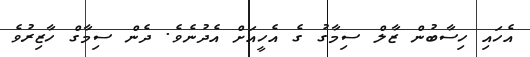
އެހައި ހިސާބުން ޒާލް ސިމާގު ގެ އެހީއަށް އެދުނެވެ. ދެން ސިމާގް ހާޒިރުވެ